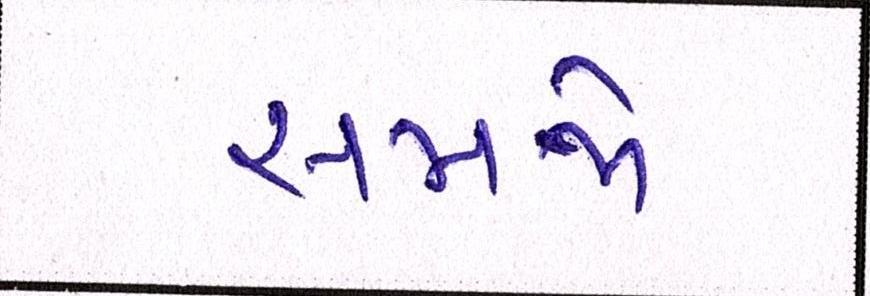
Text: સમજો